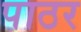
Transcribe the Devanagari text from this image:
पाठर